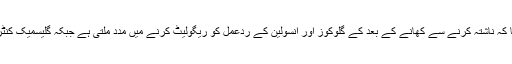
تحقیق میں بتایا گیا کہ ناشتہ کرنے سے کھانے کے بعد کے گلوکوز اور انسولین کے ردعمل کو ریگولیٹ کرنے میں مدد ملتی ہے جبکہ گلیسمیک کنٹرول بہتر ہوتا ہے۔